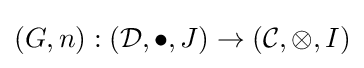
(G,n):({\mathcal {D}},\bullet ,J)\to ({\mathcal {C}},\otimes ,I)